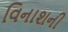
વિનાશની